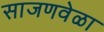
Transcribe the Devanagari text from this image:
साजणवेळा